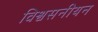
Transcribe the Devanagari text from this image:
विश्वसनीयन